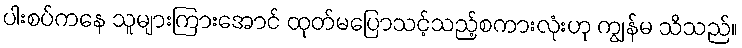
ပါးစပ်ကနေ သူများကြားအောင် ထုတ်မပြောသင့်သည့်စကားလုံးဟု ကျွန်မ သိသည်။